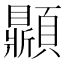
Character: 𩕩